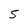
Character: 5